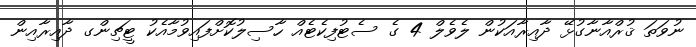
ނުވަތަ ޤުރްއާނާގުޅޭ ދާއިރާއަކުން ލެވެލް 4 ގެ ސެޓުފިކެޓެއް ހާސިލުކޮށްފައިވުމާއެކު ޓީޗިންގ ދާއިރާއިން